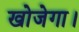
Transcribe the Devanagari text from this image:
खोजेगा।